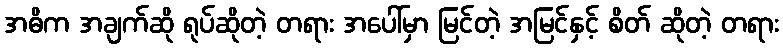
အဓိက အချက်ဆို ရုပ်ဆိုတဲ့ တရား အပေါ်မှာ မြင်တဲ့ အမြင်နှင့် စိတ် ဆိုတဲ့ တရား